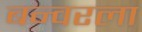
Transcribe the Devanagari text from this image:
बन्वरला